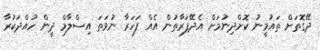
ދޭގޮތަށް ތައުމީނު ކޮށްދިނުމަށް އެދޭފަރާތުން އެއް ފަހަރާ ނުވަތަ އިސްލާމް ދީން ހުއްދަކުރާ